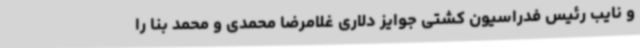
و نایب رئیس فدراسیون کشتی جوایز دلاری غلامرضا محمدی و محمد بنا را